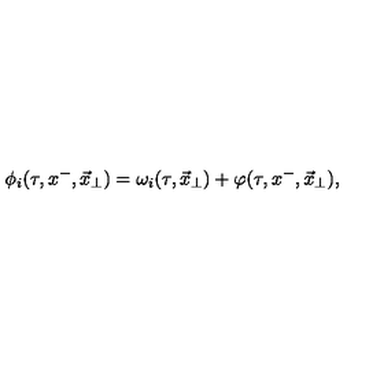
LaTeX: \phi _ { i } ( \tau , x ^ { - } , \vec { x } _ { \perp } ) = \omega _ { i } ( \tau , \vec { x } _ { \perp } ) + \varphi ( \tau , x ^ { - } , \vec { x } _ { \perp } ) ,